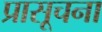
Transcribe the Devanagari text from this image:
प्रासूचना